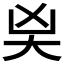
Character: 𭑄